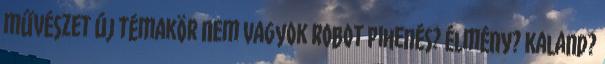
művészet új témakör Nem vagyok robot Pihenés? Élmény? Kaland?